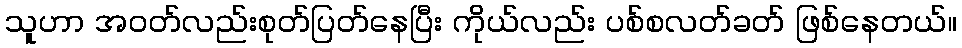
သူဟာ အဝတ်လည်းစုတ်ပြတ်နေပြီး ကိုယ်လည်း ပစ်စလတ်ခတ် ဖြစ်နေတယ်။